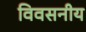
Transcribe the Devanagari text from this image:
विवसनीय